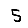
Digit: 5